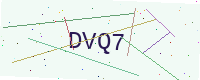
Text: DVQ7